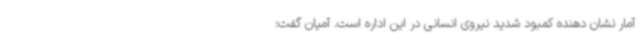
آمار نشان دهنده کمبود شدید نیروی انسانی در این اداره است. آمیان گفت: